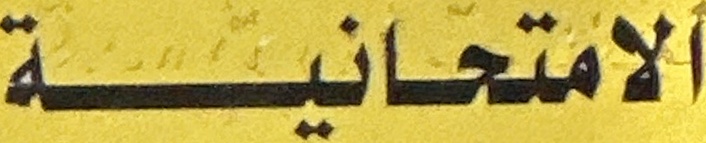
الامتحانیة